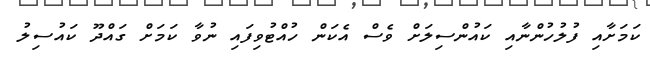
ކަމަށާއި ފުލުހުންނާއި ކައުންސިލަށް ވެސް އެކަން ހުއްޓުވިފައި ނުވާ ކަމަށް ގައްދޫ ކައުސިލު